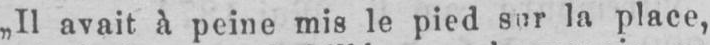
„Il avait à peine mis le pied sur la place,